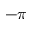
- \pi